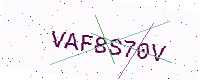
Text: VAF8S70V